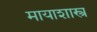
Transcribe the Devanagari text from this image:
मायाशास्त्र